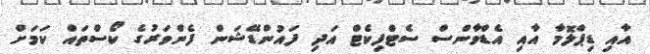
އާއި ޑިޕްލޮމާ އާއި އެޑްވާންސް ސެޓްފިކެޓް އަދި ފައުންޑޭޝަން ފެންވަރުގެ ކޯސްތައް ކަމަށް